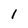
Character: l